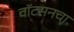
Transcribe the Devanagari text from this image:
वॉटसनचा